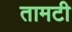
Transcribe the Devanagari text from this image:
तामटी